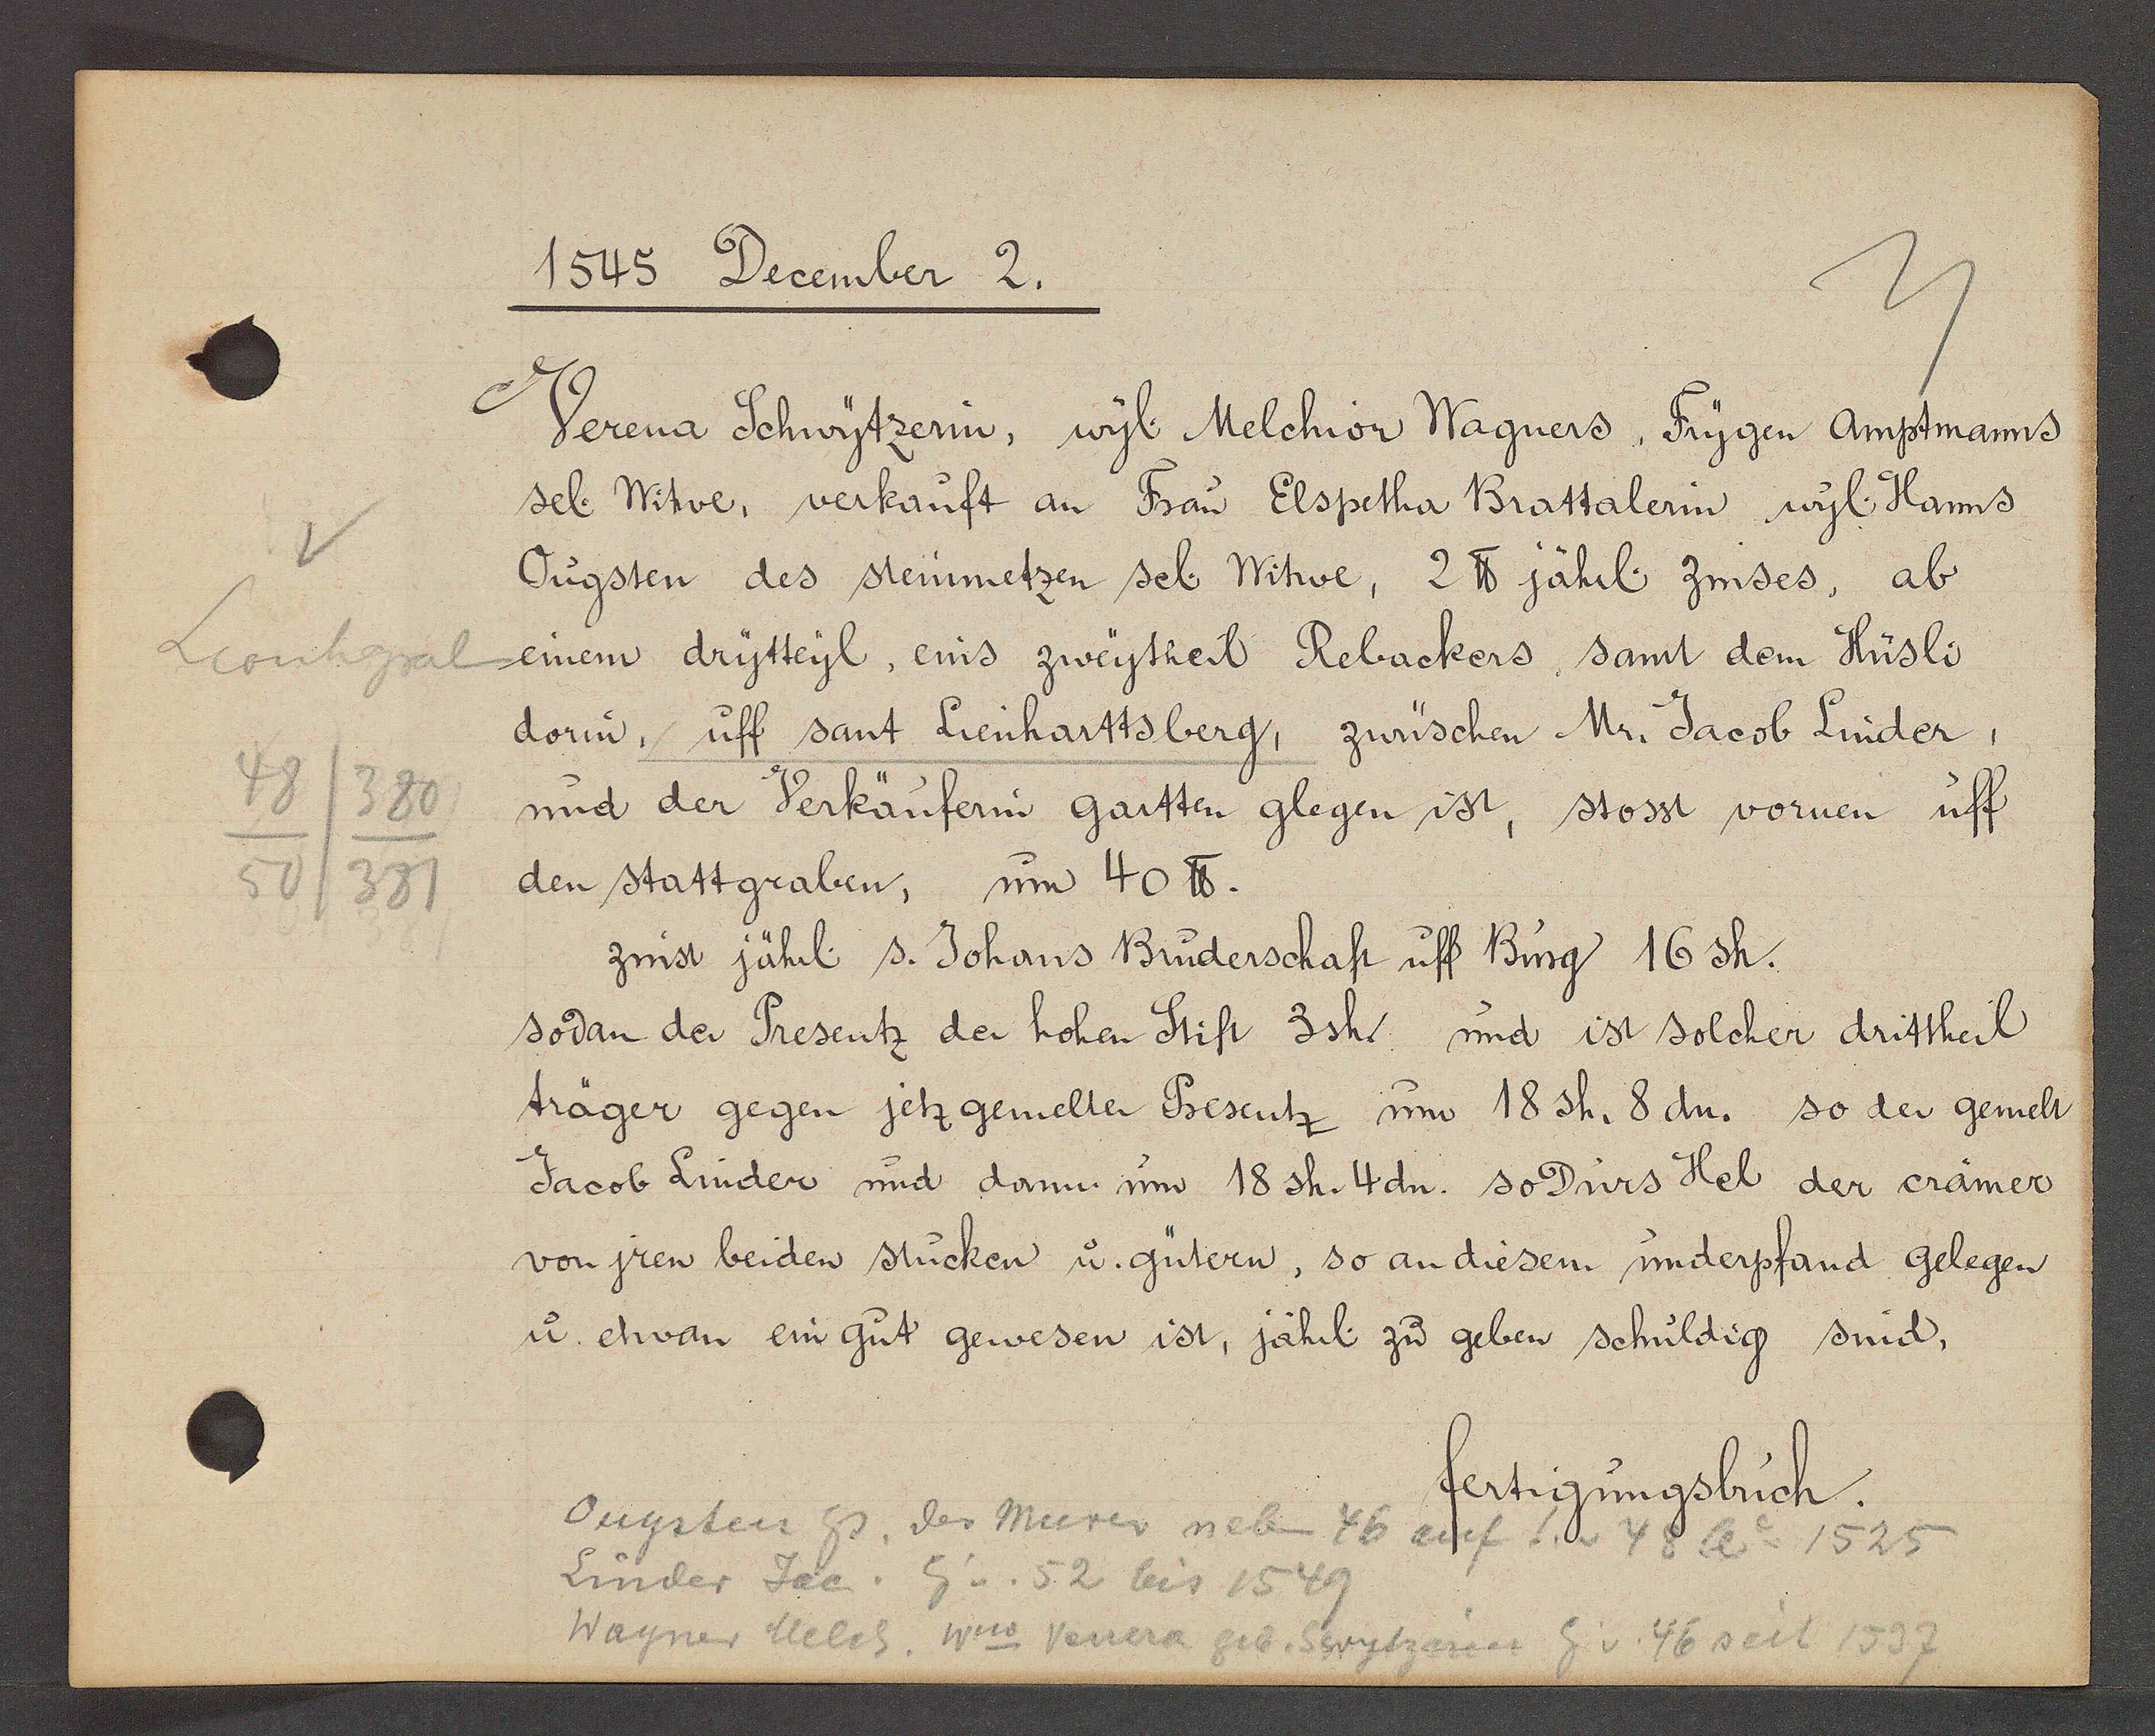
Transcript:
Leonhgraben
48
380
50
381

1545 December 2.

Verena Schwytzerin, wyl. Melchior Wagners, Frygen Amptmanns
sel. Witwe, verkauft an Frau Elspetha Brattalerin wyl. Hanns
Ougsten des steinmetzen sel. Witwe, 2 ℔ jährl. zinses, ab
einem drytteyl, eins zweytheil Rebackers, samt dem Hüsli,
dorin, uff sant Lienhartsberg, zwüschen Mr. Jacob Linder,
und der Verkäuferin gartten glegen ist, stosst vornen uff
den stattgraben, um 40 ℔.
zinst jährl. s. Johans Bruderschaft uff Burg 16 sh.
sodan der Presentz der hohen Stift 3sh. und ist solcher drittheil
träger gegen jetz gemelten Presentz um 18 sh. 8 dn. so der gemelt
Jacob Linder und dann um 18 sh. 4dn. so Pius Hel der crämer
von jren beiden stucken u. gütern, so an diesem underpfand gelegen
u. etwan ein gut gewesen ist, jährl. zu geben schuldig sind.

fertigungsbuch.

Ougsten hs
der Mürer neben 46 auf S v 48 Ao 1525
Linder Jac
Eig v. 52 bis 1549
Wagner Melch
Wwe Venera geb. Schwytzerin Eg. v. 46 seit 1537